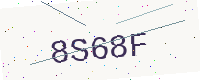
Text: 8S68F